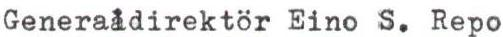
Generaldirektör Eino S. Repo